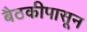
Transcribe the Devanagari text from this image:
बैठकीपासून